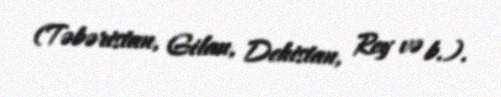
(Təbəristan, Gilan, Dehistan, Rey və b.).